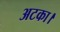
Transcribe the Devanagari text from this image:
अटका।